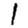
Digit: 1